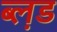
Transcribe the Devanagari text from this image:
ब्ल़ड